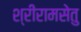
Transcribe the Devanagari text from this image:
श्रीरामसेतु